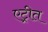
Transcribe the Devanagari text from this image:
एट्रीत